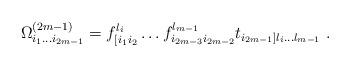
LaTeX: \begin{align*}\Omega^{(2m-1)}_{i_1\dots i_{2m-1}}=f^{l_i}_{[i_1i_2}\dots f^{l_{m-1}}_{i_{2m-3}i_{2m-2}} t_{i_{2m-1}]l_i\dots l_{m-1}} \ . \end{align*}